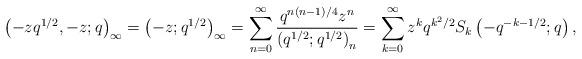
LaTeX: \begin{align*}\left(-zq^{1/2},-z;q\right)_{\infty}=\left(-z;q^{1/2}\right)_{\infty}=\sum_{n=0}^{\infty}\frac{q^{n(n-1)/4}z^{n}}{\left(q^{1/2};q^{1/2}\right)_{n}}=\sum_{k=0}^{\infty}z^{k}q^{k^{2}/2}S_{k}\left(-q^{-k-1/2};q\right),\end{align*}